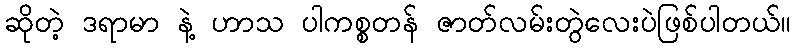
ဆိုတဲ့ ဒရာမာ နဲ့ ဟာသ ပါကစ္စတန် ဇာတ်လမ်းတွဲလေးပဲဖြစ်ပါတယ်။